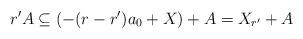
LaTeX: \begin{align*}r'A \subseteq (-(r-r')a_0 + X) +A = X_{r'} +A\end{align*}